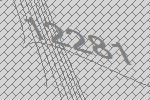
12281